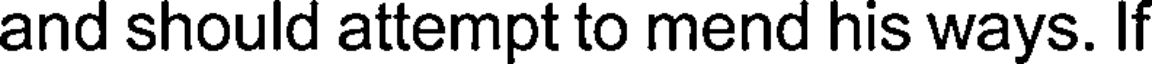
and should attempt to mend his ways. If